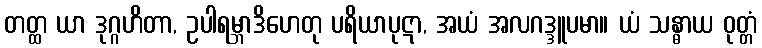
တတ္ထ ယာ ဒုဂ္ဂဟိတာ, ဥပါရမ္ဘာဒိဟေတု ပရိယာပုဋာ, အယံ အလဂဒ္ဒူပမာ။ ယံ သန္ဓာယ ဝုတ္တံ